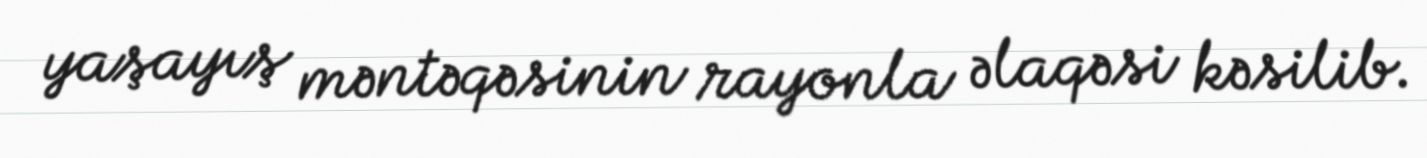
yaşayış məntəqəsinin rayonla əlaqəsi kəsilib.